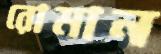
রোমান